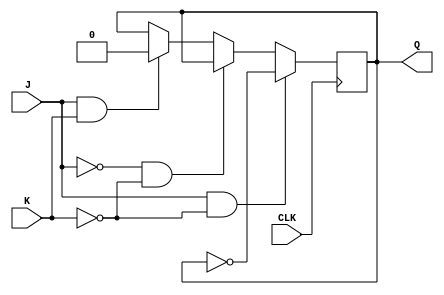
module jk_latch (
    input J,
    input K,
    input CLK,
    output reg Q
);

always @(posedge CLK) begin
    if (J & ~K) // J is high and K is low
        Q <= ~Q;
    else if (~J & ~K) // Both J and K are low
        Q <= Q;
    else if (J & K) // Both J and K are high
        Q <= 0;
end

endmodule